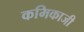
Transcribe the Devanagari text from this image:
कमिकाजी